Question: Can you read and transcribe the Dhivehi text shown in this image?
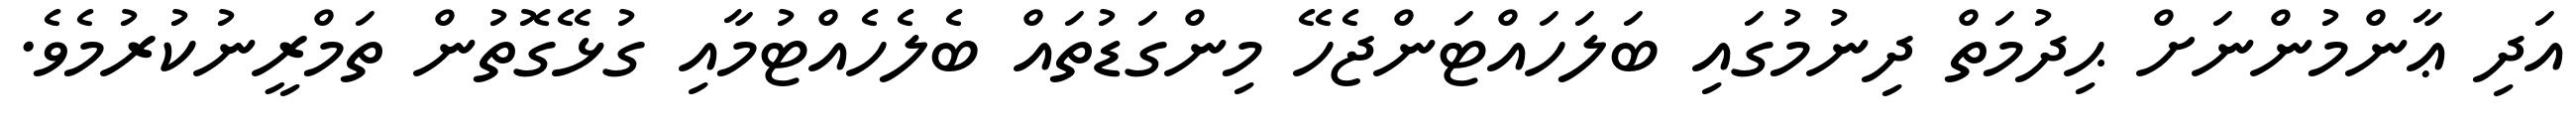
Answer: އަދި ޢާންމުންނަށް ޙިދުމަތް ދިނުމުގައި ބަލަހައްޓަންޖެހޭ މިންގަޑުތައް ބެލެހެއްޓުމާއި ގުޅޭގޮތުން ތަމްރީނުކުރުމެވެ.